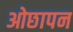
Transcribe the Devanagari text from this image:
ओछापन